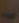
ب